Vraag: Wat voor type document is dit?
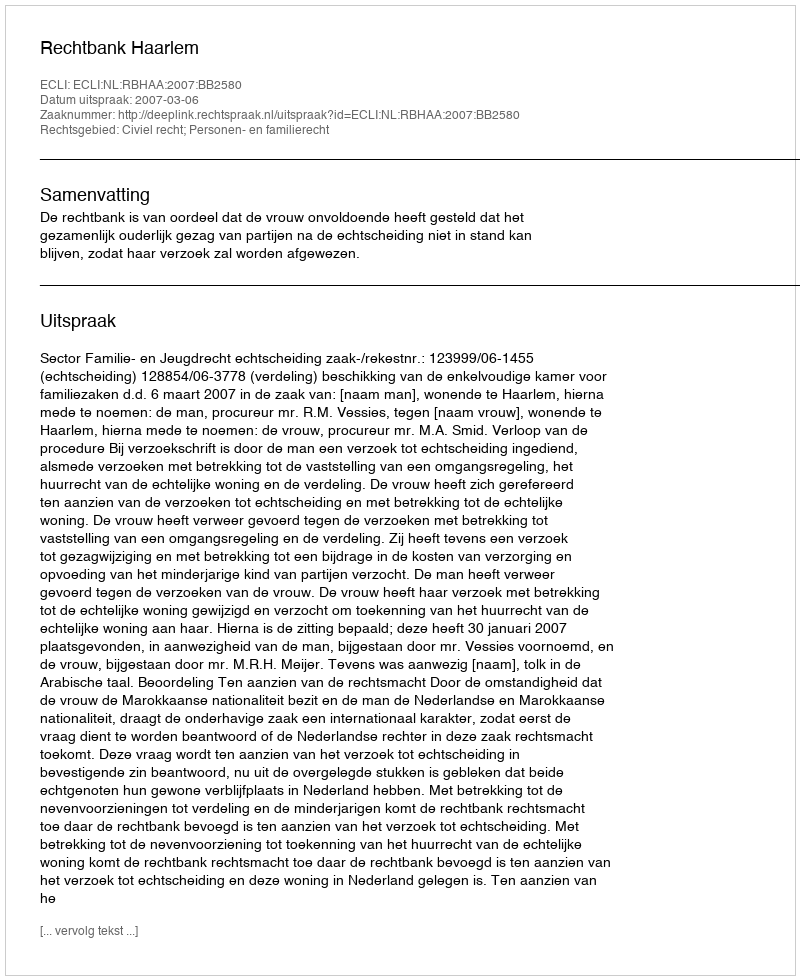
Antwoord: Uitspraak